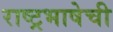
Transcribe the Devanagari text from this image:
राष्ट्रभाषेची